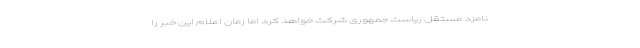
نامزد مستقل ریاست جمهوری شرکت خواهد کرد اما زمان اعلام این خبر را